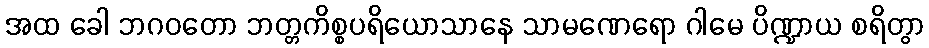
အထ ခေါ ဘဂဝတော ဘတ္တကိစ္စပရိယောသာနေ သာမဏေရော ဂါမေ ပိဏ္ဍာယ စရိတွာ